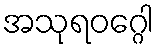
အသုရဝဂ္ဂေါ